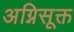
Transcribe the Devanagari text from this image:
अग्निसूक्त